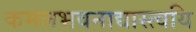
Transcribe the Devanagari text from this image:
कमलभवनाद्यास्त्वयि